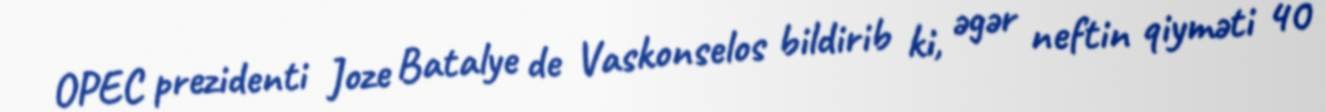
OPEC prezidenti Joze Batalye de Vaskonselos bildirib ki, əgər neftin qiyməti 40